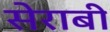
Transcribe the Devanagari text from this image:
सेराबी